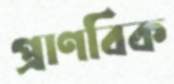
প্রাণবিক